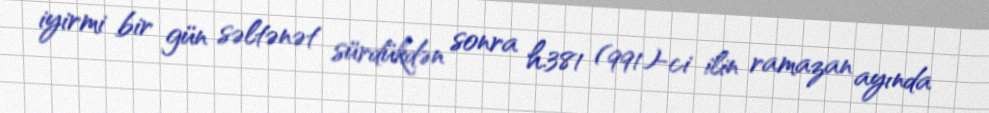
iyirmi bir gün səltənət sürdükdən sonra h.381 (991)-ci ilin ramazan ayında